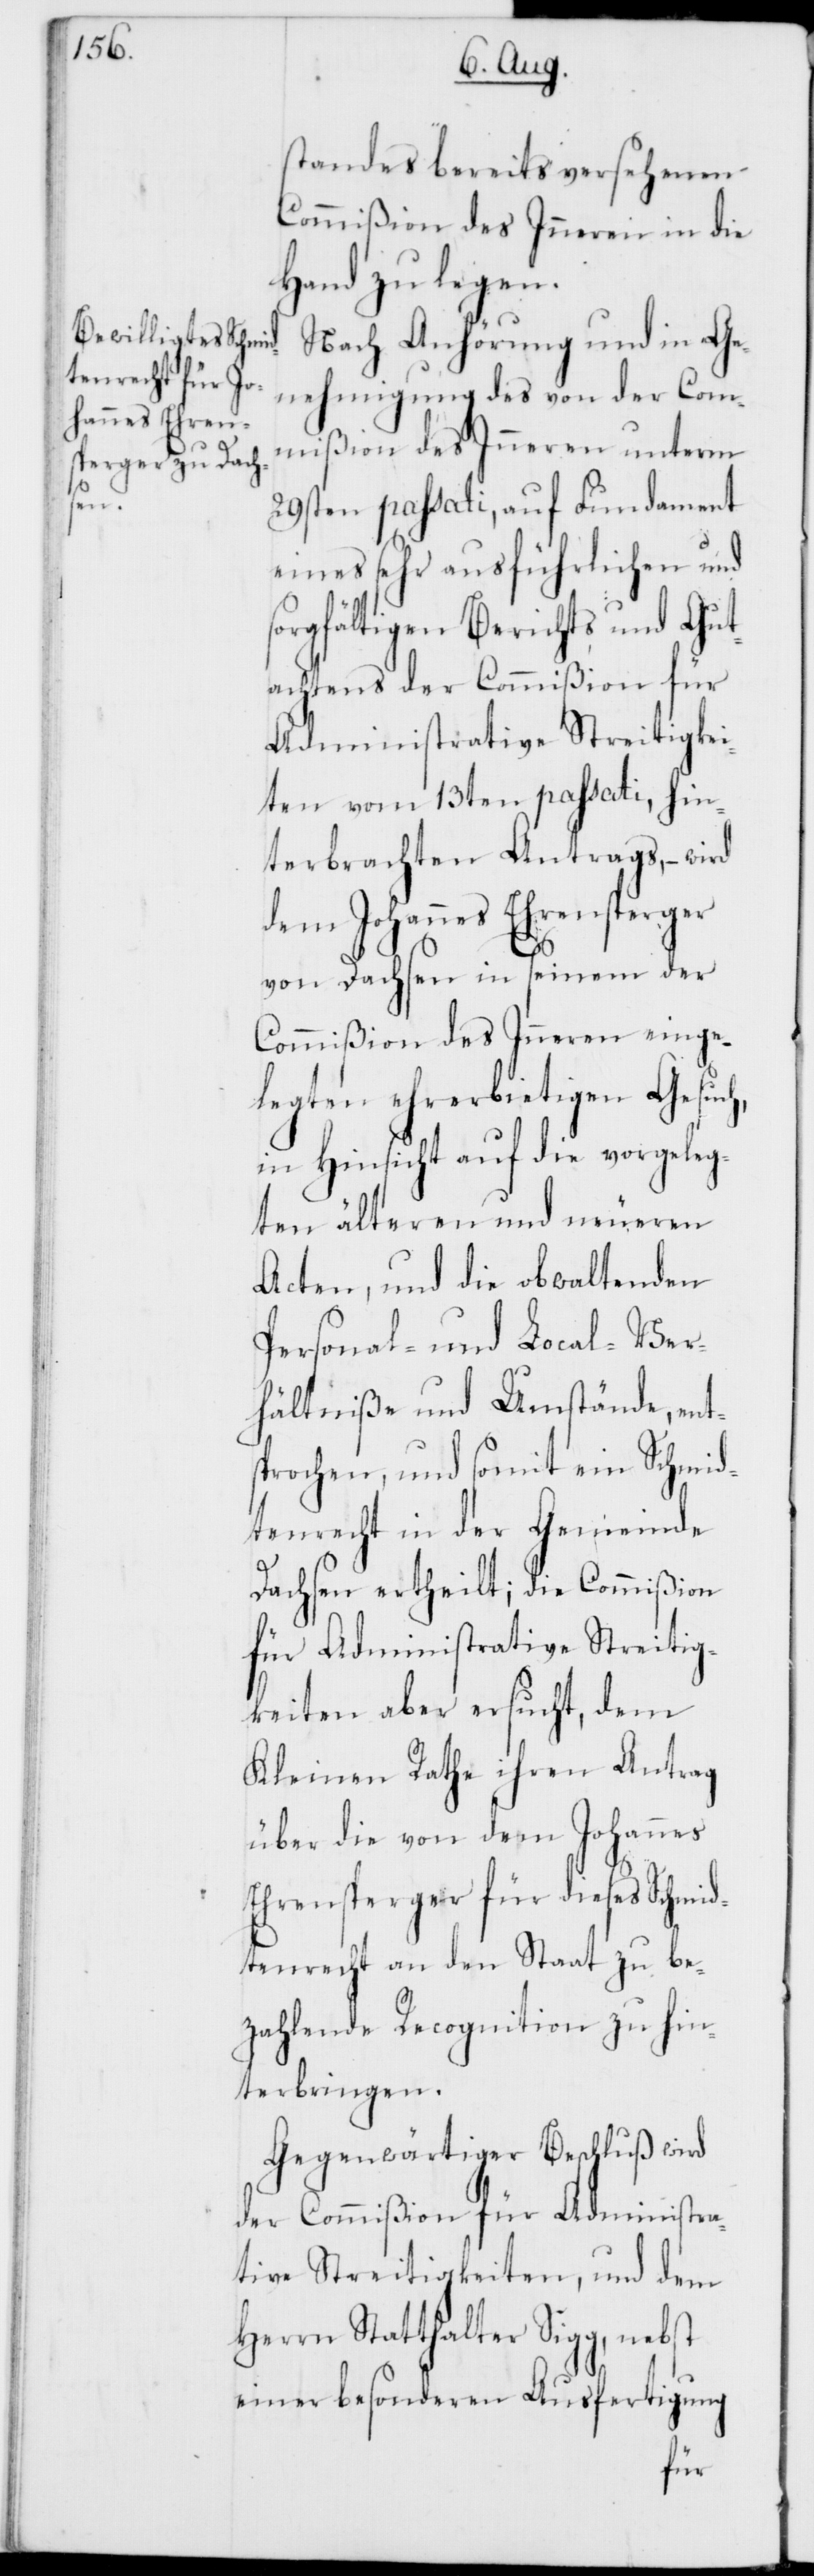
standes bereits versehenen
Commißion des Inneren in die
Hand zu legen.
Nach Anhörung und in Ge¬
nehmigung des von der Com¬
mißion des Inneren unterm
29sten passati, auf Fundament
eines sehr ausführlichen und
sorgfältigen Berichts und Gut¬
achtens der Commißion für
Administrative Streitigkei¬
ten vom 13ten passati, hin¬
terbrachten Antrags, – wird
dem Johannes Ehrensperger
von Dachsen in seinem der
Commißion des Innern einge¬
legten ehrerbietigen Gesuch,
in Hinsicht auf die vorgeleg¬
ten älteren und neueren
Acten, und die obwaltenden
Personal- und Local-Ver¬
hältniße und Umstände, ents¬
prochen, und somit ein Schmid¬
tenrecht in der Gemeinde
Dachsen ertheilt; die Commißion
für Administrative Streitig¬
keiten aber ersucht, dem
Kleinen Rathe ihren Antrag
über die von dem Johannes
Ehrensperger für dieses Schmid¬
tenrecht an den Staat zu be¬
zahlende Recognition zu hin¬
terbringen.
Gegenwärtiger Beschluß wird
der Commißion für Administra¬
tive Streitigkeiten, und dem
Herrn Statthalter Sigg, nebst
einer besonderen Ausfertigung